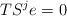
LaTeX: \begin{align*}T S^j e = 0 \qquad\end{align*}